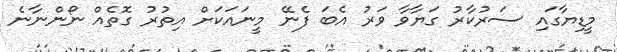
މީޑިޔާގައި ސަރުކާރު ގަޔާވާ ވަރު އެބަ ފެނޭ މީނައަކަށް އިތުރު ގޮތެއް ނޯންނާނެ